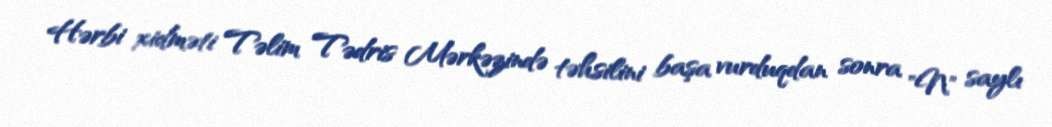
Hərbi xidməti Təlim Tədris Mərkəzində təhsilini başa vurduqdan sonra "N" saylı